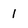
Character: 1